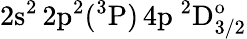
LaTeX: \mathrm{2s^{2}\, 2p^{2}(^{3}P)\, 4p~^{2}D_{3/2}^{o}}